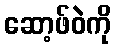
ဆော့ဖ်ဝဲကို